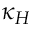
\kappa _ { H }